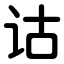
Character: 诂